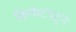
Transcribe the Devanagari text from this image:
क्रिकेटपटूने